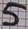
Text: 5